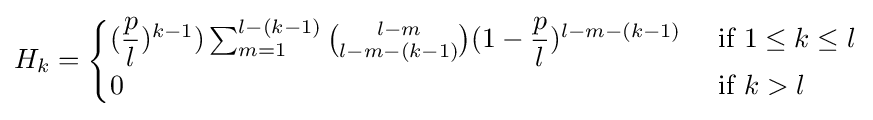
H_{k}={\begin{cases}({\dfrac {p}{l}})^{k-1})\sum _{m=1}^{l-(k-1)}{\binom {l-m}{l-m-(k-1)}}(1-{\dfrac {p}{l}})^{l-m-(k-1)}&{\mbox{ if }}1\leq k\leq l\\0&{\mbox{ if }}k>l\end{cases}}